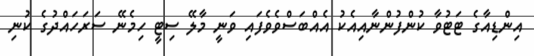
އިންޑިއާގެ ޓަޓުވާ ކުންފުންނާއިއެކު އެއްބަސްވެވެފައި ވަނީ މާލޭ ސިޓީ ހިމެނޭ ސަރަހައްދުގެ ކުނި